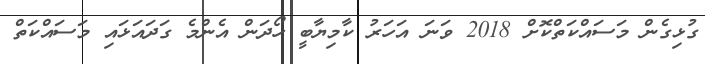
ގުޅިގެން މަސައްކަތްކޮށް 2018 ވަނަ އަހަރު ކާމިޔާބީ ހޯދަން އެންމެ ގަދައަޅައި މަސައްކަތް